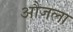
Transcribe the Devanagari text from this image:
औजला